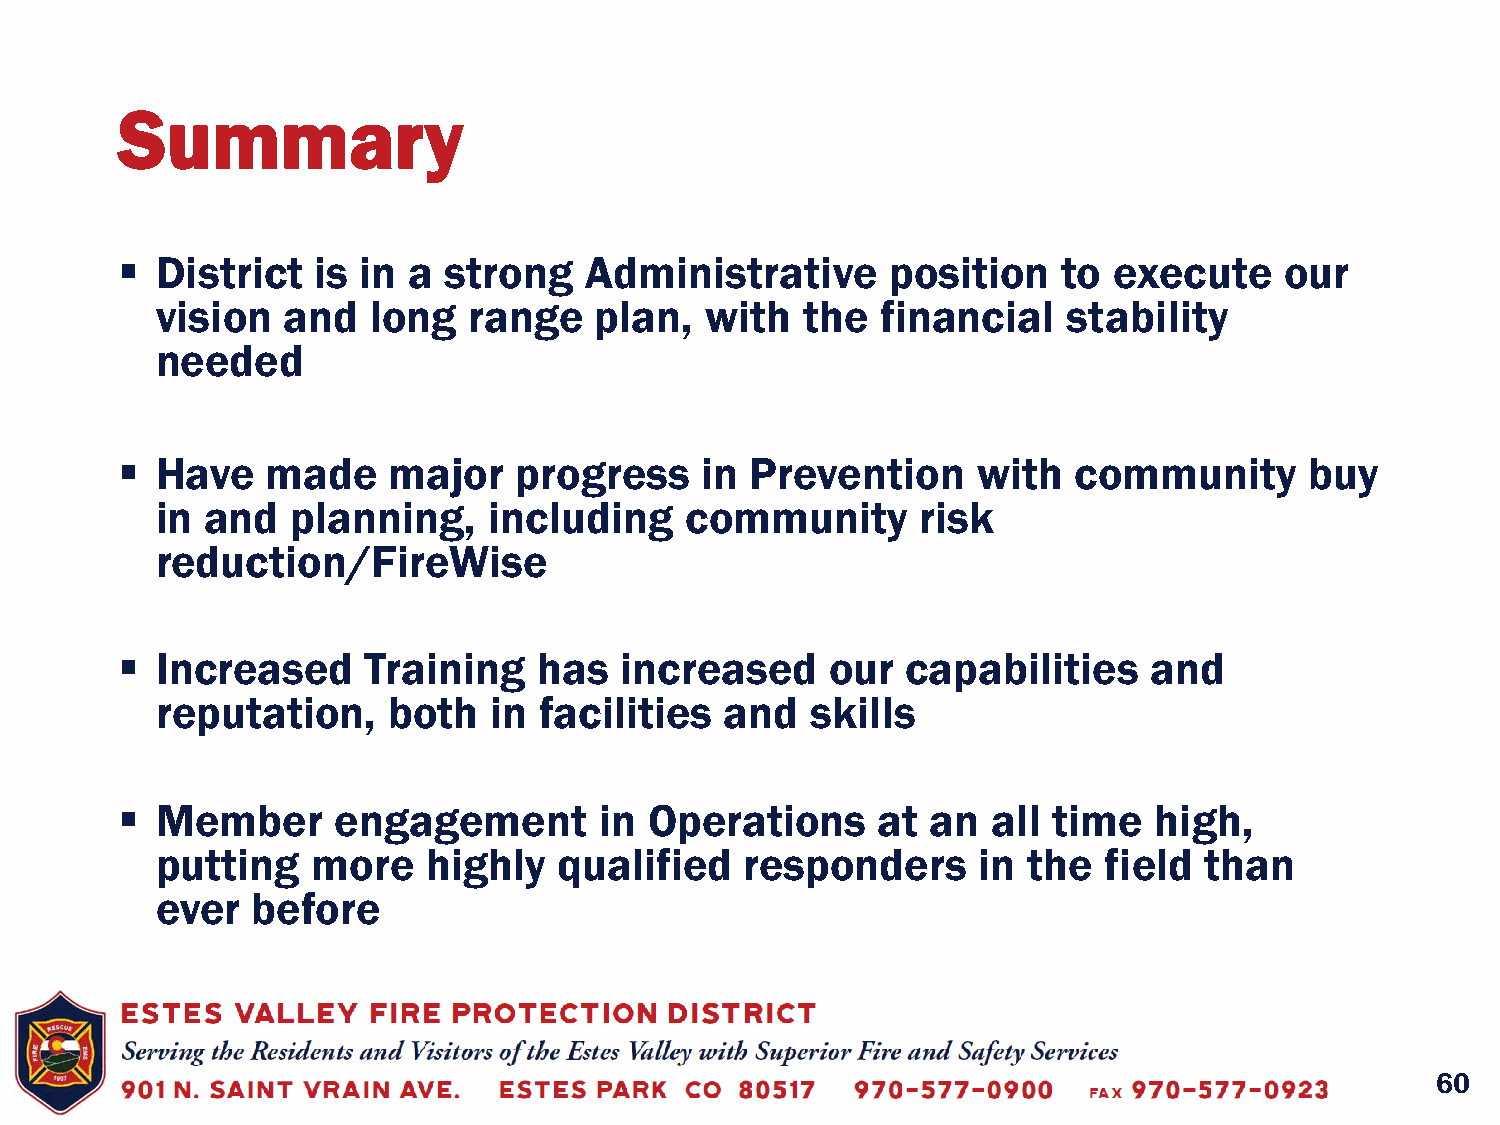
Summary
  District   is in a strong    Administrative      position   to  execute    our
 vision   and  long   range   plan,   with  the  financial    stability
 needed
  Have    made    major   progress    in  Prevention     with  community       buy
 in  and  planning,    including    community       risk
 reduction/FireWise
  Increased     Training    has  increased     our  capabilities    and
 reputation,     both  in  facilities  and   skills
  Member      engagement        in Operations     at  an  all time  high,
 putting    more   highly   qualified   responders      in the  field  than
 ever   before
 60